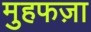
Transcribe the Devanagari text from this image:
मुहफज़ा